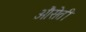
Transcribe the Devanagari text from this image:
औसेती